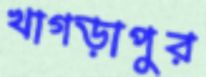
খাগড়াপুর